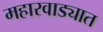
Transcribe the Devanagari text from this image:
महारवाड्यात